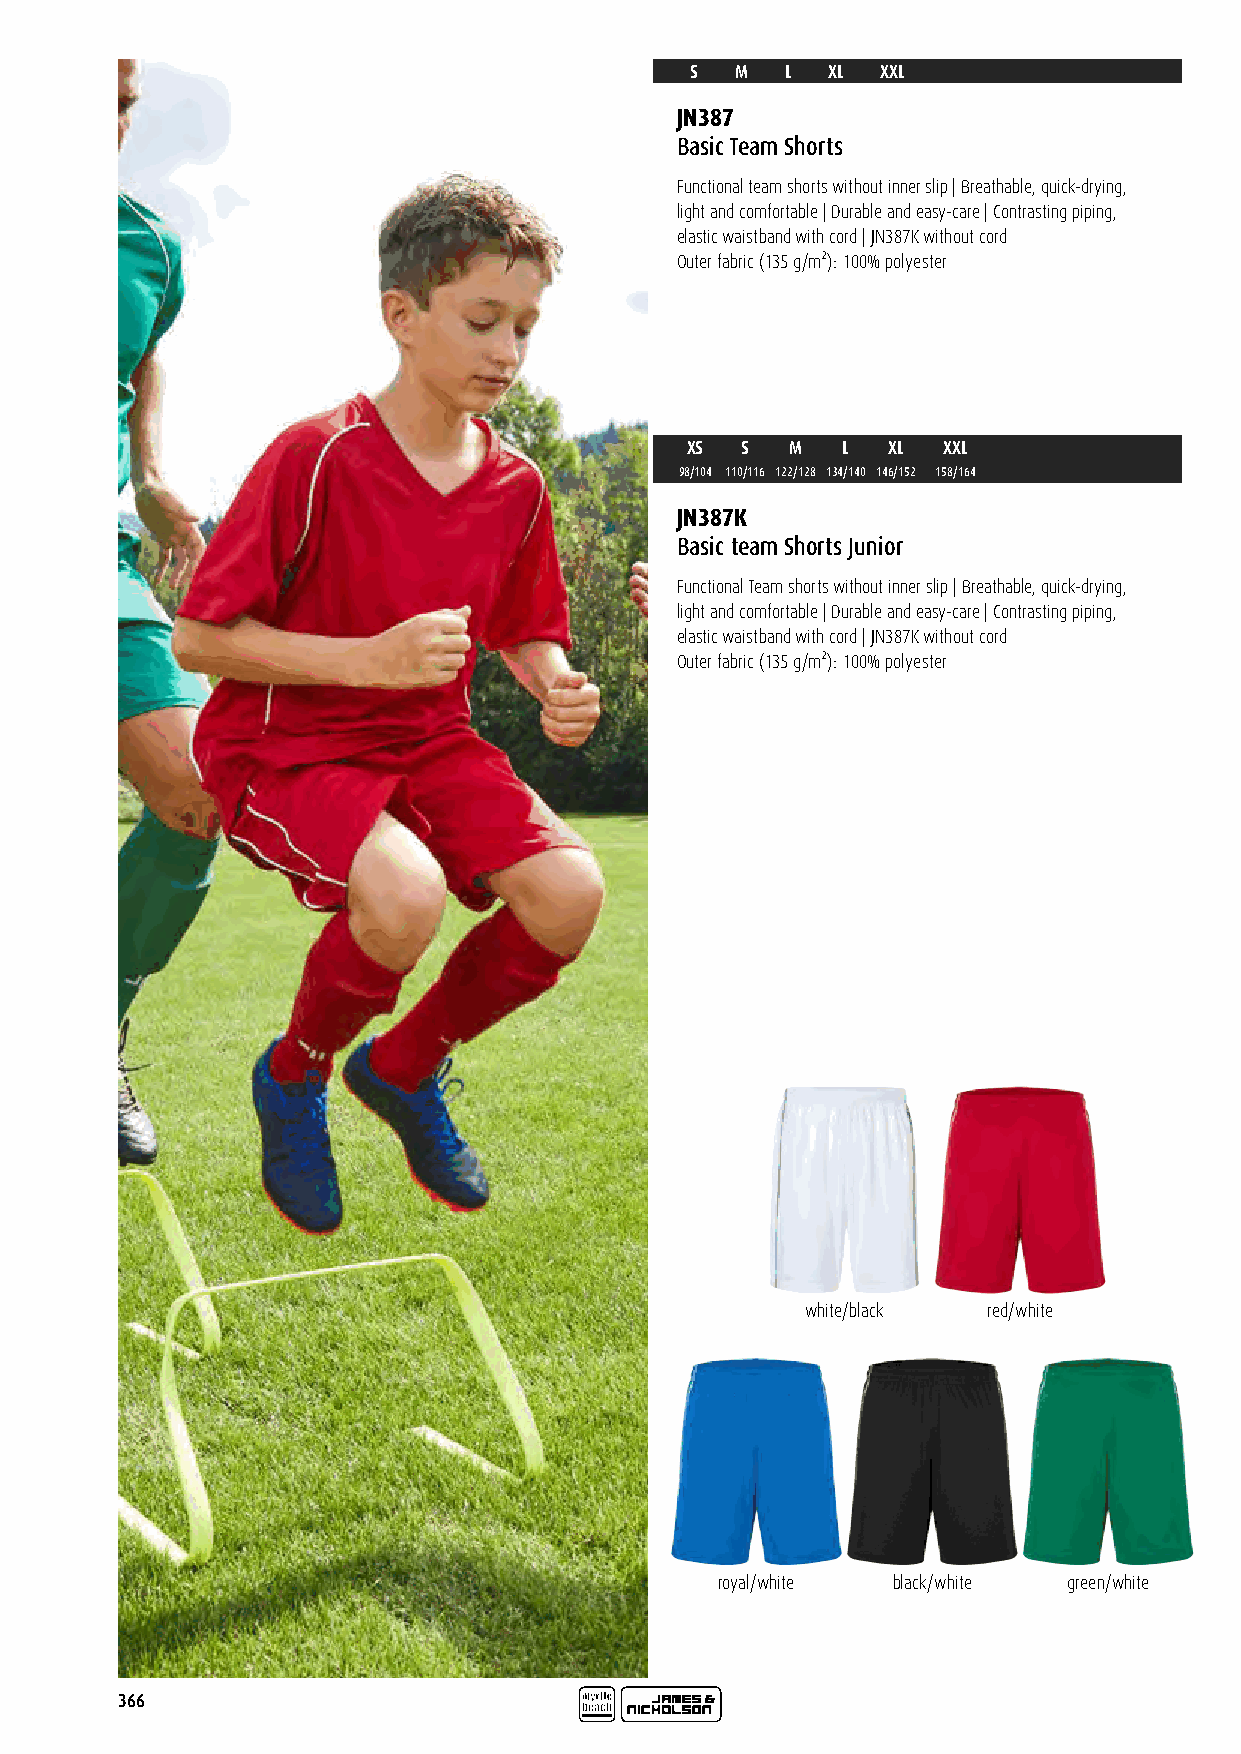
S  M  L  XL XXL
 JN387
 Basic Team Shorts
 Functional team shorts without inner slip | Breathable, quick-drying,
 light and comfortable | Durable and easy-care | Contrasting piping,
 elastic waistband with cord | JN387K without cord
 Outer fabric (135 g/m²): 100% polyester
 XS  S  M   L  XL XXL
 98/104 110/116 122/128 134/140 146/152 158/164
 JN387K
 Basic team Shorts Junior
 Functional Team shorts without inner slip | Breathable, quick-drying,
 light and comfortable | Durable and easy-care | Contrasting piping,
 elastic waistband with cord | JN387K without cord
 Outer fabric (135 g/m²): 100% polyester
 white/black red/white
 royal/white black/white green/white
 366